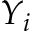
Y _ { i }